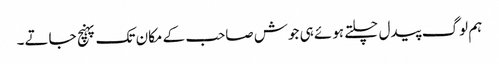
ہم لوگ پیدل چلتے ہوئے ہی جوش صاحب کے مکان تک پہنچ جاتے۔